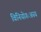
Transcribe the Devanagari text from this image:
विनियोगःअस्य